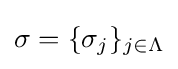
\textstyle \sigma =\{\sigma _{j}\}_{j\in \Lambda }